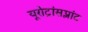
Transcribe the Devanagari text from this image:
यूरोट्रांसप्लांट